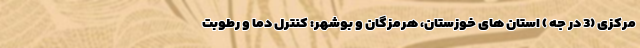
مرکزی (3 در جه ) استان های خوزستان، هرمزگان و بوشهر: کنترل دما و رطوبت